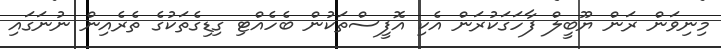
މިނިވަން ރަން ޔޫބީލް ފާހަގަކުރަން އެކި އޮފީސްތަކުން ބެހެއްޓި ގިޑިގެތަކުގެ ތެރެއިން ނުނަގައި